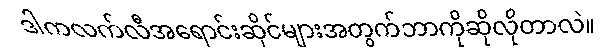
ဒါကလက်လီအရောင်းဆိုင်များအတွက်ဘာကိုဆိုလိုတာလဲ။